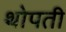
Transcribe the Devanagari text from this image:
थोपती